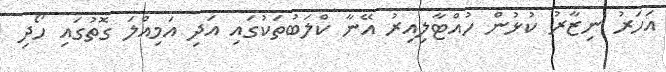
އަހަރު ނިޒާރު ކުޅުން ހުއްޓާލިއިރު އޭނާ ކްލަބުތަކުގައި އަދި އަމިއްލަ ގޮތުގައި ހޯދި